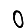
Digit: 0